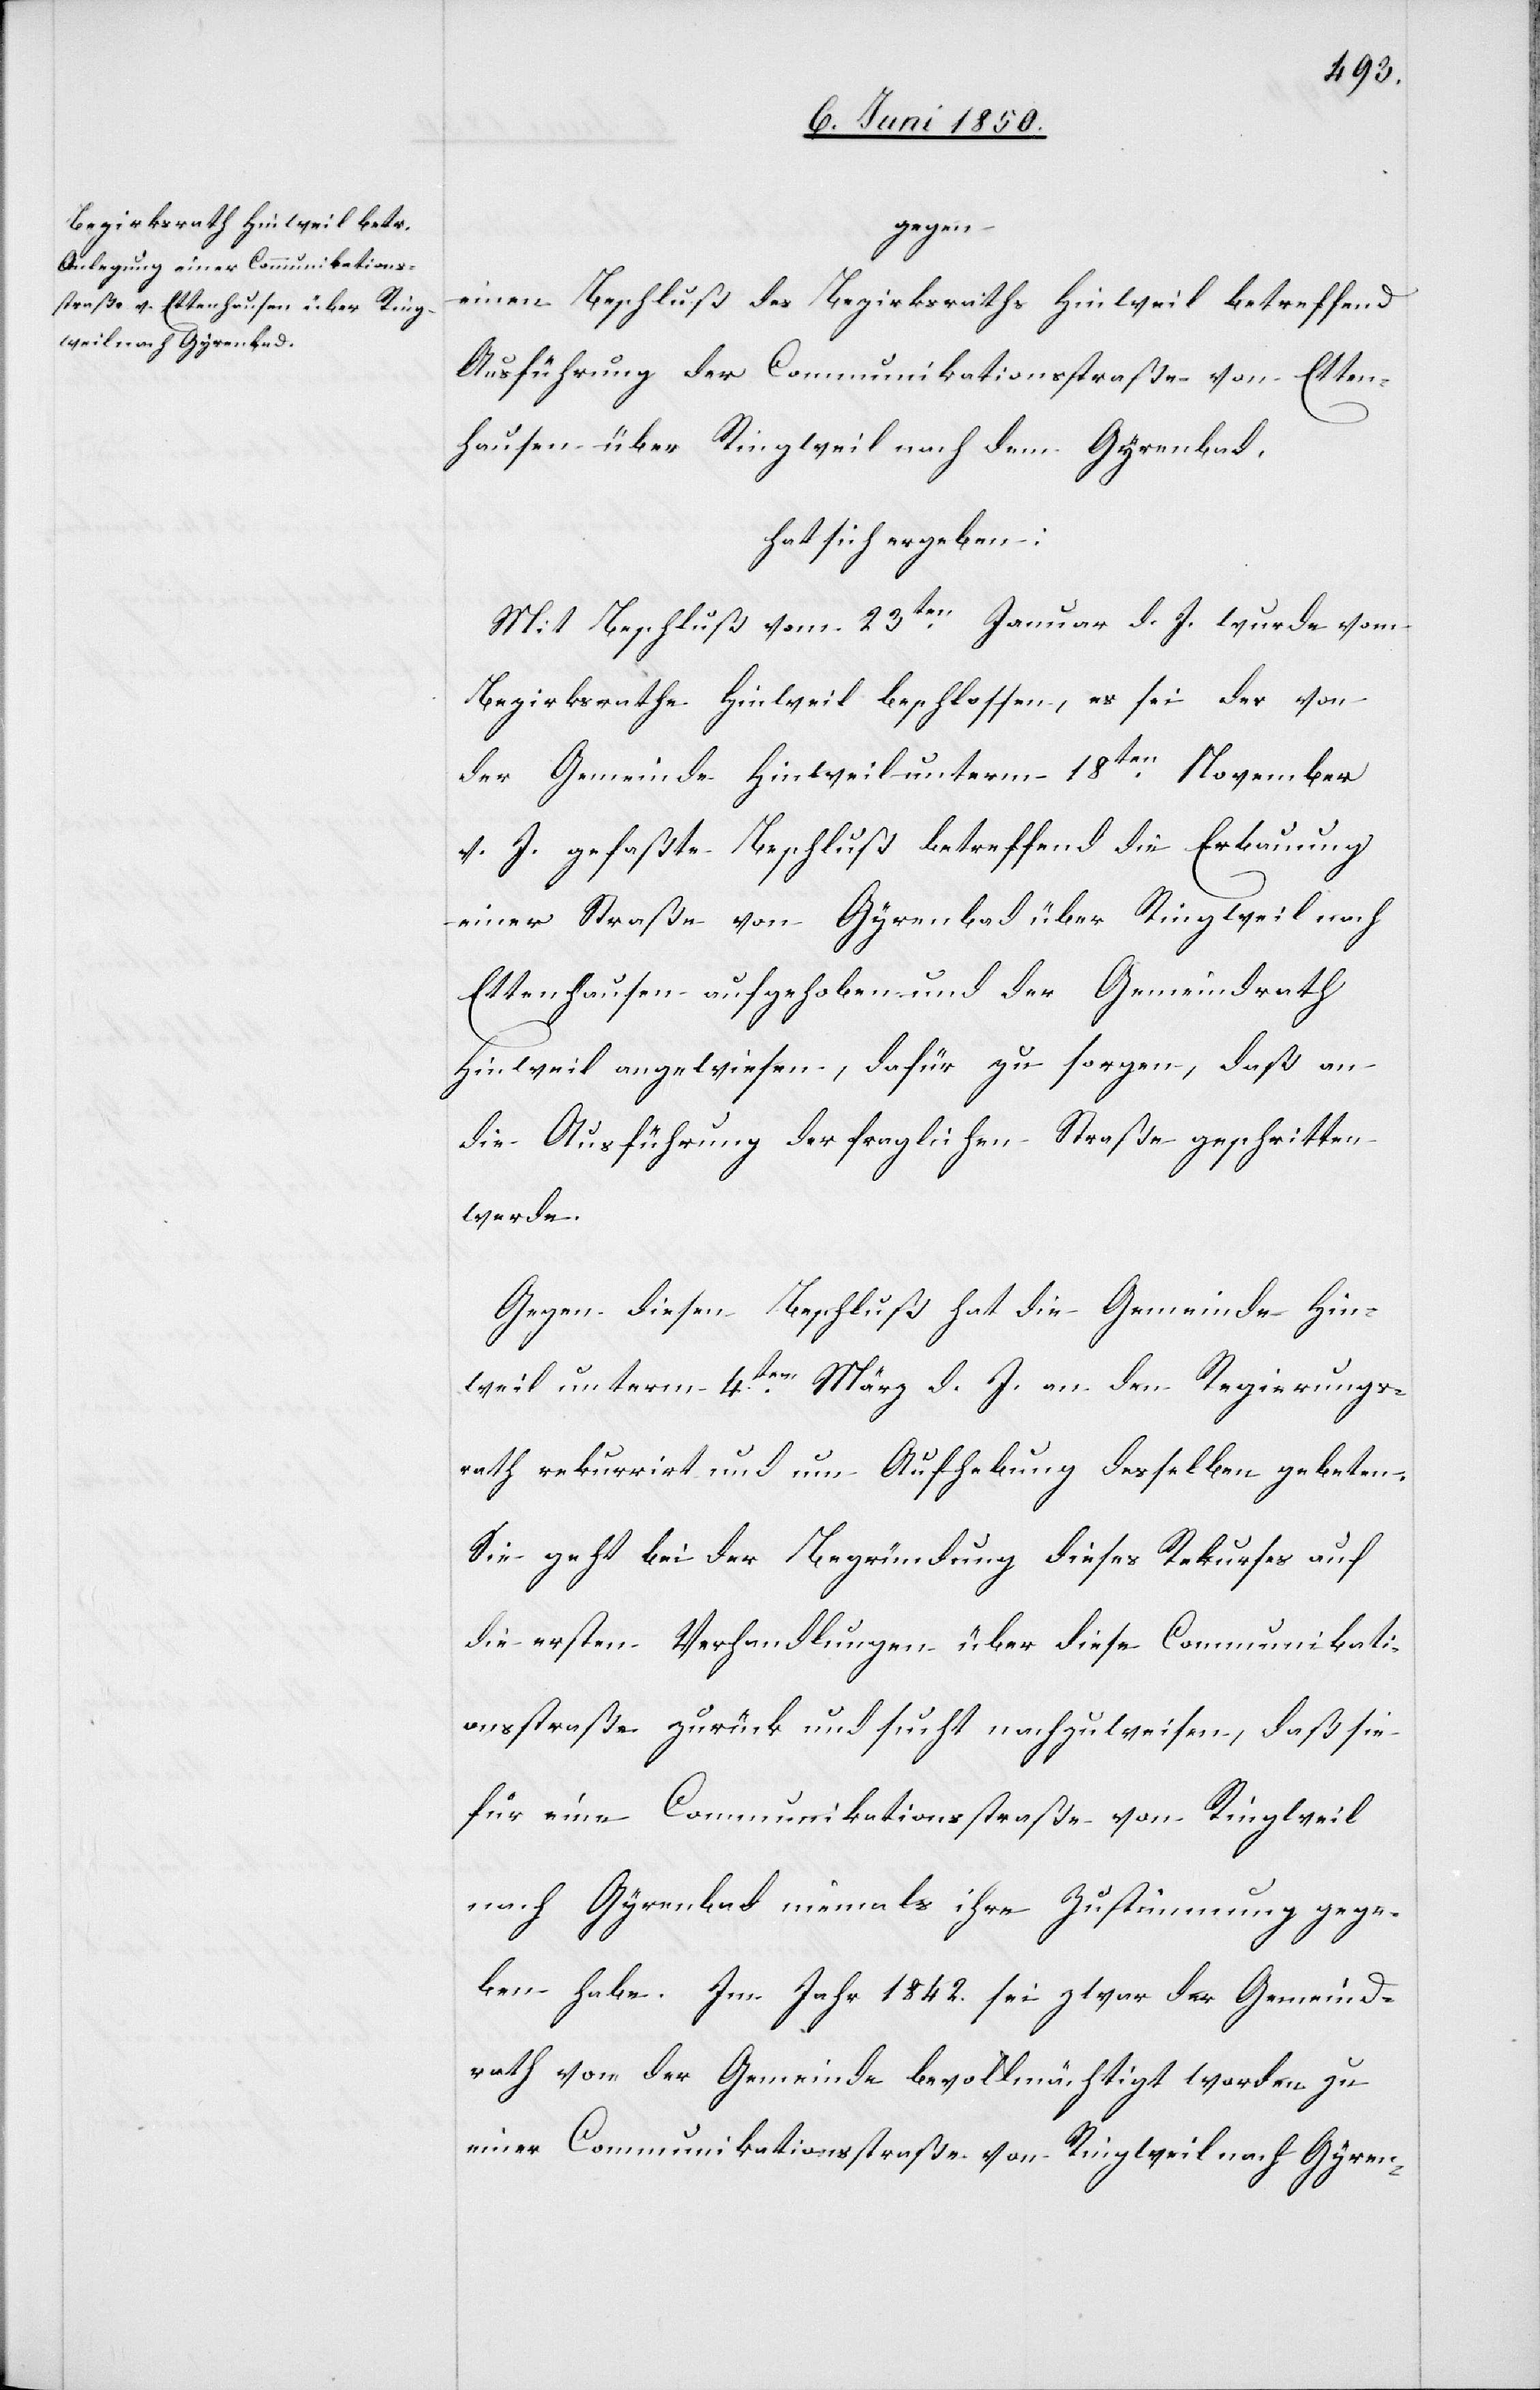
gegen
einen Beschluß des Bezirksraths Hinweil betreffend
Ausführung der Communikationsstraße von Etten¬
hausen über Ringweil nach dem Gyrenbad,
hat sich ergeben:
Mit Beschluß vom 23ten Januar d. J. wurde vom
Bezirksrathe Hinweil beschlossen, es sei der von
der Gemeinde Hinweil unterm 18ten November
v. J. gefaßte Beschluß betreffend die Erbauung
einer Straße von Gyrenbad über Ringweil nach
Ettenhausen aufgehoben und der Gemeindrath
Hinweil angewiesen, dafür zu sorgen, daß an
die Ausführung der fraglichen Straße geschritten
werde.
Gegen diesen Beschluß hat die Gemeinde Hin¬
weil unterm 4ten März d. J. an den Regierungs¬
rath rekurrirt und um Aufhebung desselben gebeten.
Sie geht bei der Begründung dieses Rekurses auf
die ersten Verhandlungen über diese Communikati¬
onsstraße zurück und sucht nachzuweisen, daß sie
für eine Communikationsstraße von Ringweil
nach Gyrenbad niemals ihre Zustimmung gege¬
ben habe. Im Jahr 1842. sei zwar der Gemeind¬
rath von der Gemeinde bevollmächtigt worden zu
einer Communikationsstraße von Ringweil nach Gyren-